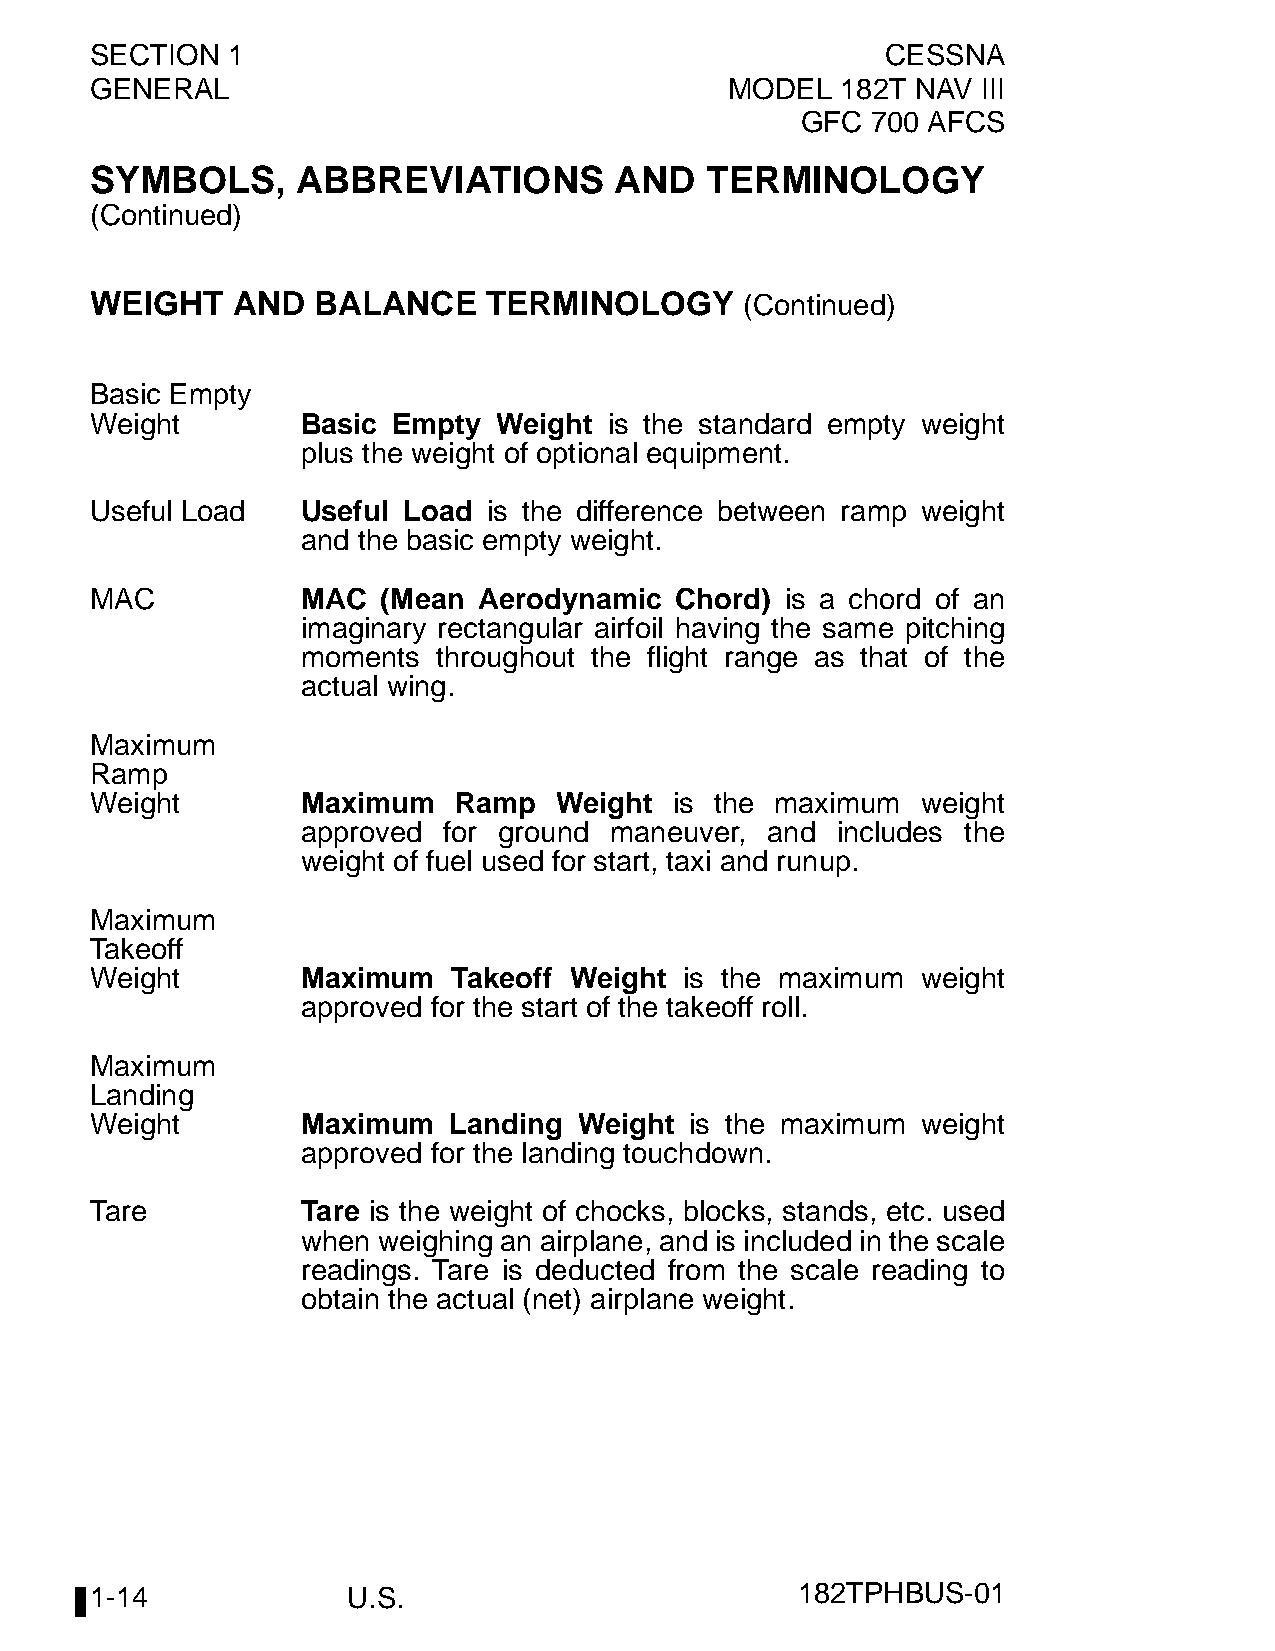
SECTION  1                                           CESSNA
 GENERAL                                   MODEL   182T NAV III
 GFC  700 AFCS
 SYMBOLS,      ABBREVIATIONS        AND   TERMINOLOGY
 (Continued)
 WEIGHT   AND   BALANCE    TERMINOLOGY      (Continued)
 Basic Empty
 Weight        Basic Empty  Weight is the standard empty weight
 plus the weight of optional equipment.
 Useful Load   Useful Load is the difference between ramp weight
 and the basic empty weight.
 MAC           MAC  (Mean  Aerodynamic  Chord) is a chord of an
 imaginary rectangular airfoil having the same pitching
 moments  throughout the flight range as that of the
 actual wing.
 Maximum
 Ramp
 Weight        Maximum   Ramp   Weight  is the maximum  weight
 approved for ground maneuver,  and includes the
 weight of fuel used for start, taxi and runup.
 Maximum
 Takeoff
 Weight        Maximum   Takeoff Weight is the maximum  weight
 approved for the start of the takeoff roll.
 Maximum
 Landing
 Weight        Maximum   Landing Weight  is the maximum weight
 approved for the landing touchdown.
 Tare          Tare is the weight of chocks, blocks, stands, etc. used
 when weighing an airplane, and is included in the scale
 readings. Tare is deducted from the scale reading to
 obtain the actual (net) airplane weight.
 1-14             U.S.                          182TPHBUS-01